Scientific memoirs by medical officers of the Army of India - Part VII,
Year: 1892
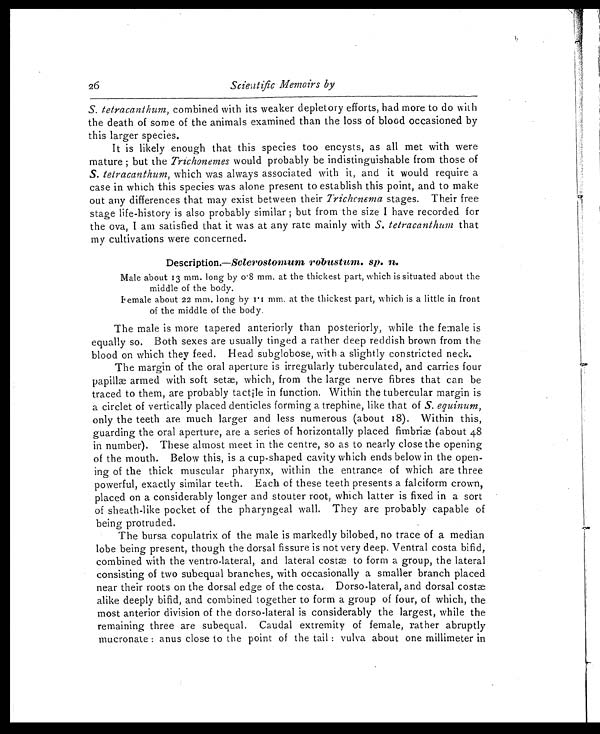
26
Scientific Memoirs by
S. tetracanthum, combined with its weaker depletory efforts, had more to do with
the death of some of the animals examined than the loss of blood occasioned by
this larger species.
It is likely enough that this species too encysts, as all met with were
mature ; but the Trichonemes would probably be indistinguishable from those of
S. tetracanthum, which was always associated with it, and it would require a
case in which this species was alone present to establish this point, and to make
out any differences that may exist between their Trichonema stages. Their free
stage life-history is also probably similar ; but from the size I have recorded for
the ova, I am satisfied that it was at any rate mainly with S. tetracanthum that
my cultivations were concerned.
Description.—Sclerostomum robustum. sp. n.
Male about 13 mm. long by 0.8 mm. at the thickest part, which is situated about the
middle of the body.
Female about 22 mm. long by 1.1 mm. at the thickest part, which is a little in front
of the middle of the body.
The male is more tapered anteriorly than posteriorly, while the female is
equally so. Both sexes are usually tinged a rather deep reddish brown from the
blood on which they feed. Head subglobose, with a slightly constricted neck.
The margin of the oral aperture is irregularly tuberculated, and carries four
papillæ armed with soft setæ, which, from the large nerve fibres that can be
traced to them, are probably tactile in function. Within the tubercular margin is
a circlet of vertically placed denticles forming a trephine, like that of S. equinum,
only the teeth are much larger and less numerous (about 18). Within this,
guarding the oral aperture, are a series of horizontally placed fimbriæ (about 48
in number). These almost meet in the centre, so as to nearly close the opening
of the mouth. Below this, is a cup-shaped cavity which ends below in the open-
ing of the thick muscular pharynx, within the entrance of which are three
powerful, exactly similar teeth. Each of these teeth presents a falciform crown,
placed on a considerably longer and stouter root, which latter is fixed in a sort
of sheath-like pocket of the pharyngeal wall. They are probably capable of
being protruded.
The bursa copulatrix of the male is markedly bilobed, no trace of a median
lobe being present, though the dorsal fissure is not very deep. Ventral costa bifid,
combined with the ventro-lateral, and lateral costæ to form a group, the lateral
consisting of two subequal branches, with occasionally a smaller branch placed
near their roots on the dorsal edge of the costa. Dorso-lateral, and dorsal costæ
alike deeply bifid, and combined together to form a group of four, of which, the
most anterior division of the dorso-lateral is considerably the largest, while the
remaining three are subequal. Caudal extremity of female, rather abruptly
mucronate : anus close to the point of the tail : vulva about one millimeter in